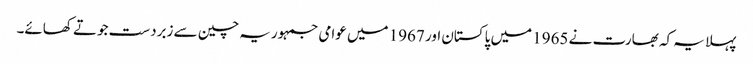
پہلا یہ کہ بھارت نے 1965 میں پاکستان اور 1967 میں عوامی جمہوریہ چین سے زبردست جوتے کھائے۔